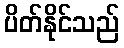
ပိတ်နိုင်သည်